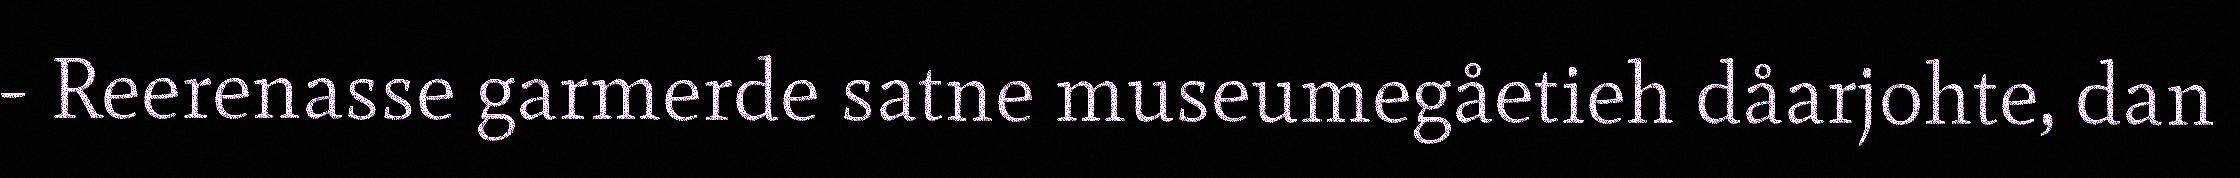
- Reerenasse garmerde satne museumegåetieh dåarjohte, dan